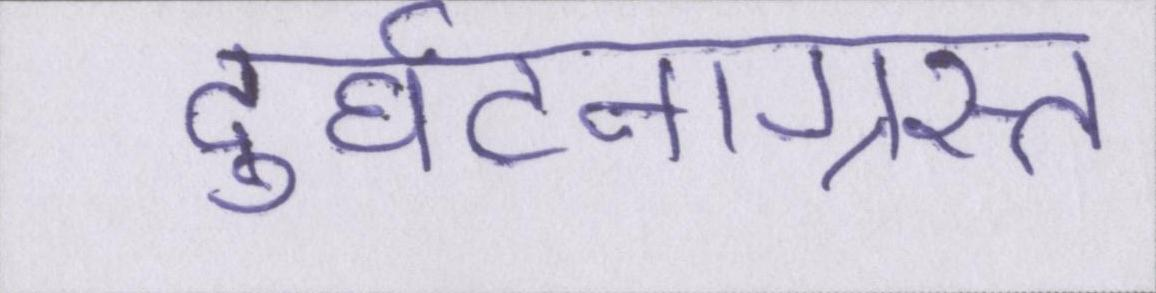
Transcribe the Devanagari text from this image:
दुर्घटनाग्रस्त